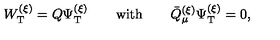
W _ { \mathrm { T } } ^ { ( \xi ) } = Q \Psi _ { \mathrm { T } } ^ { ( \xi ) } \qquad \mathrm { w i t h } \qquad \bar { Q } _ { \mu } ^ { ( \xi ) } \Psi _ { \mathrm { T } } ^ { ( \xi ) } = 0 ,